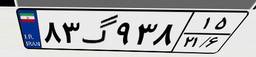
۸۳گ۹۳۸۱۵